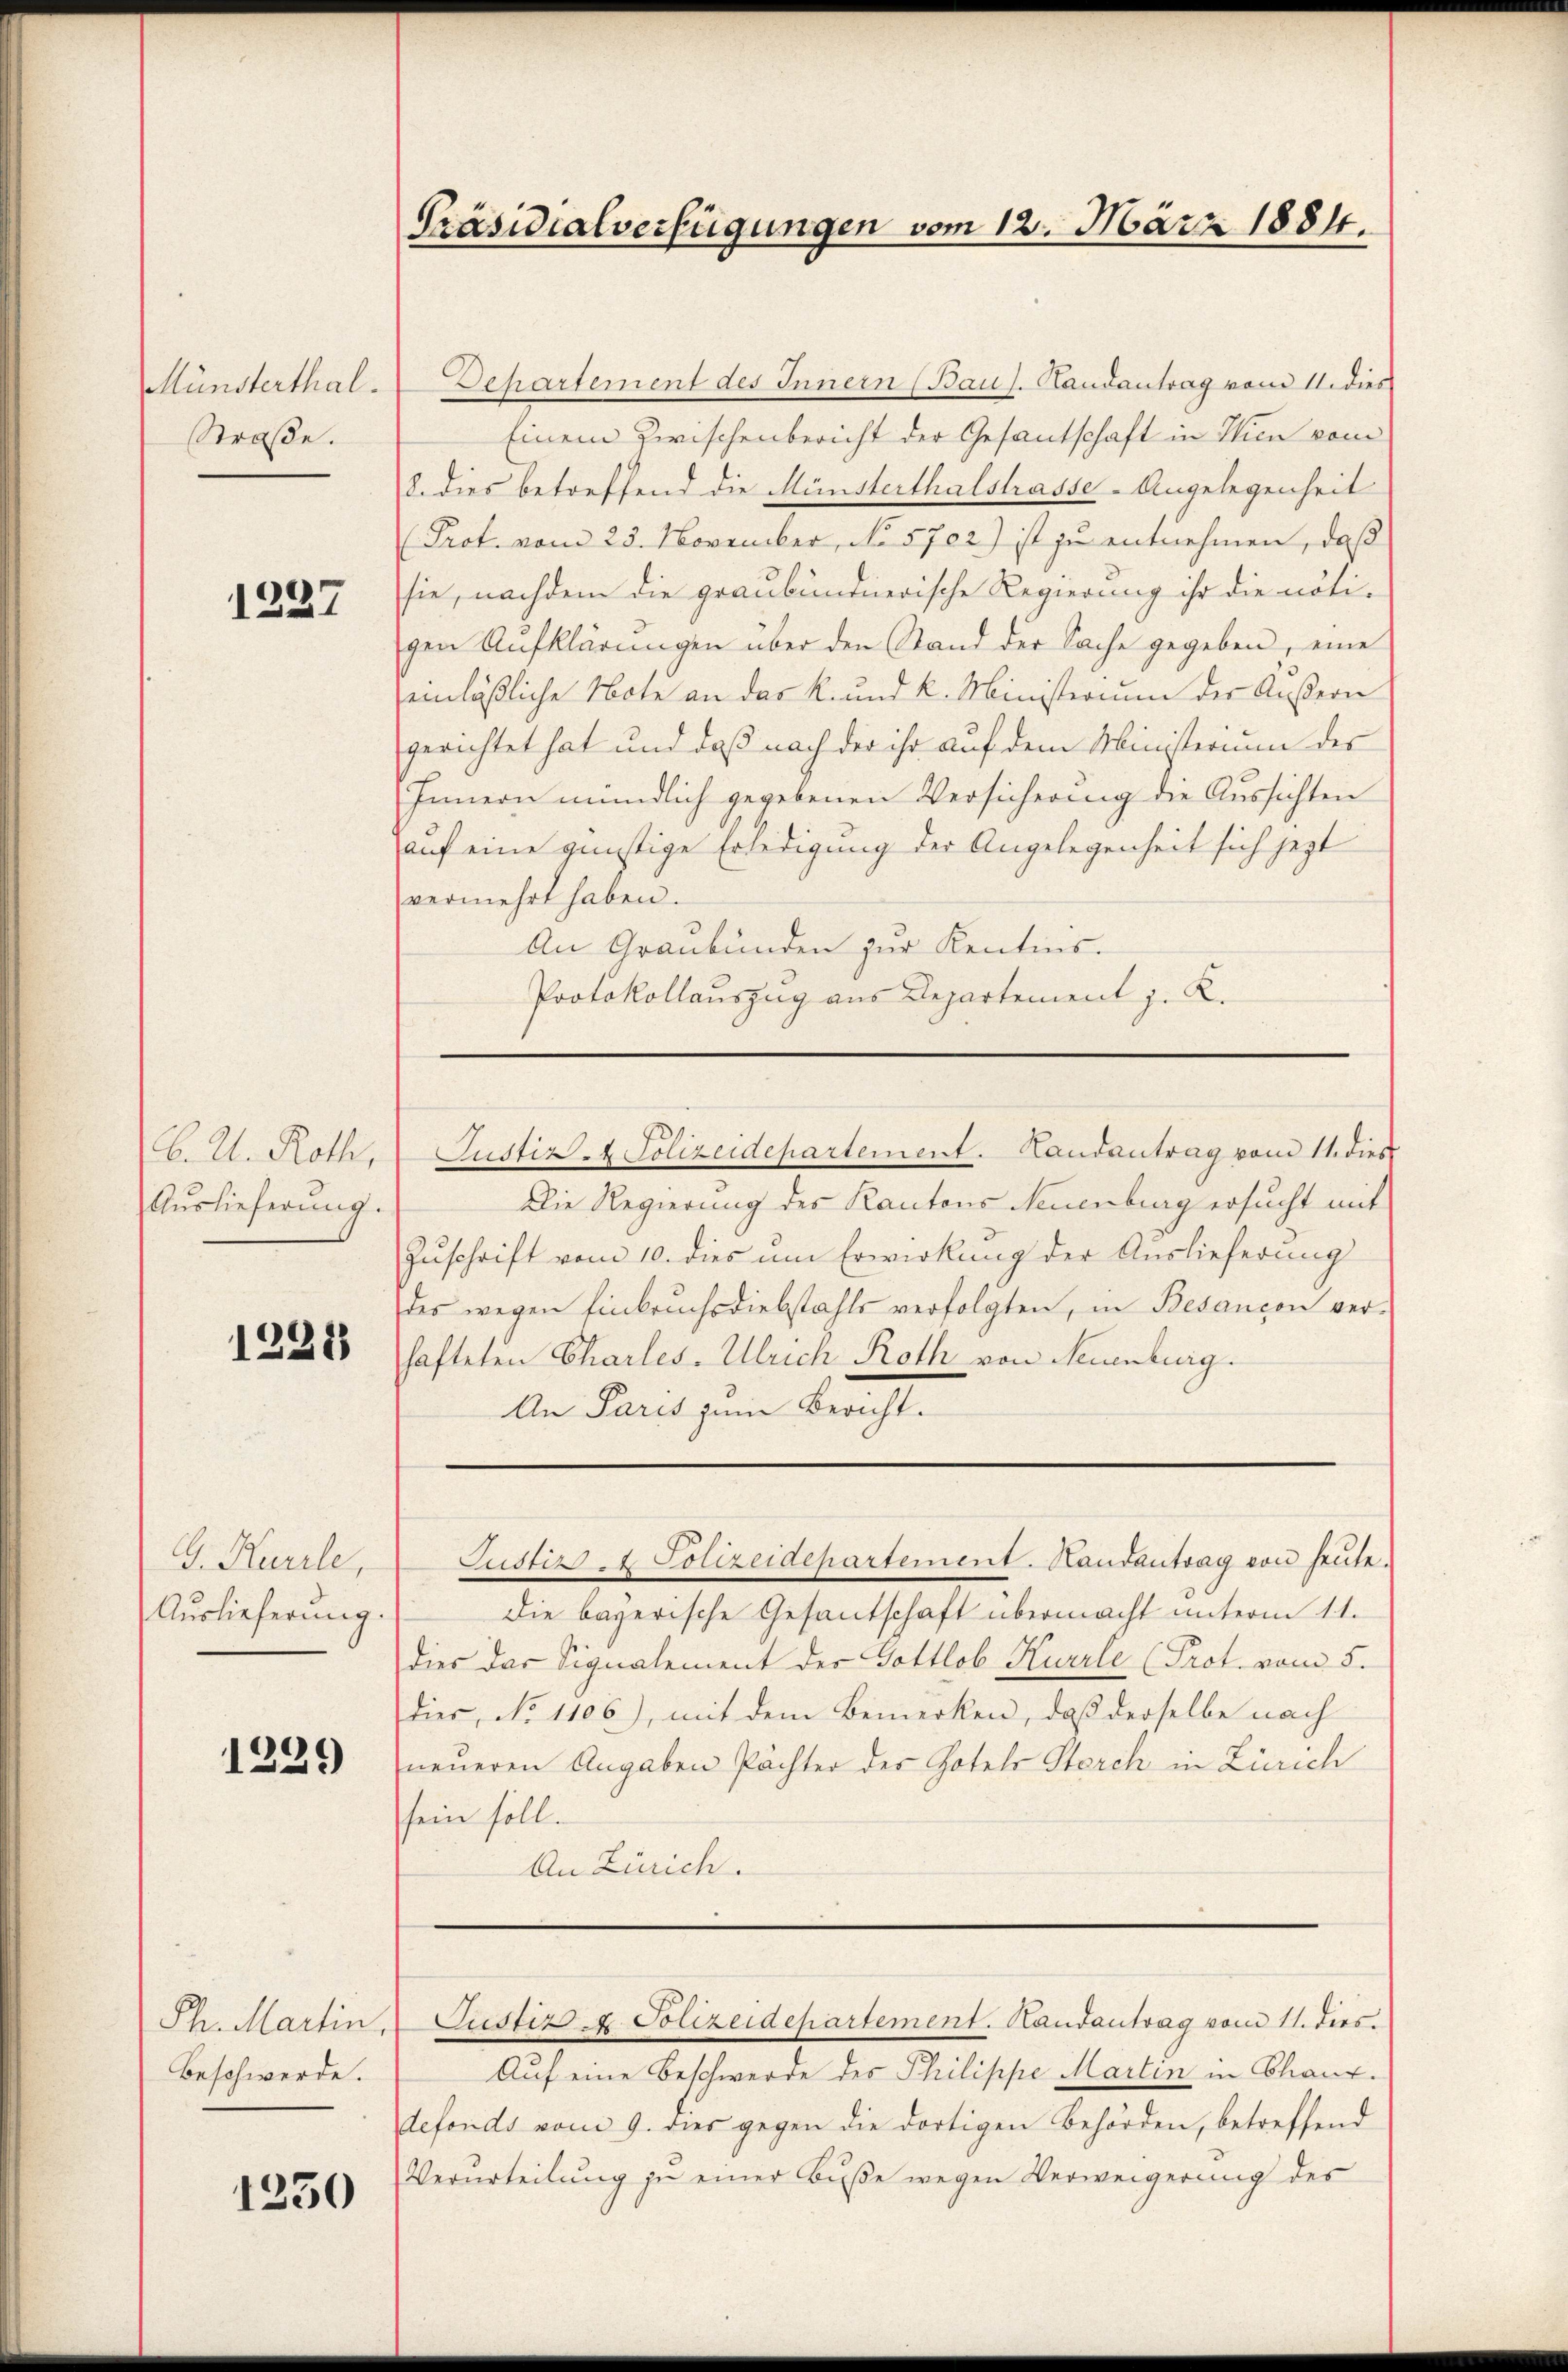
Münsterthal.
Straße.

1237

B. A. Roth,
Auslieferung.

1228

G. Kurile,
Auslieferung.

1229

Ph. Martin.
Beschwerde.

1250

Präsidialverfügungen vom 12. März 1884.

Dechartement des Innern (Baus. Handantrag vom 11. dies
Einem Zwischenbericht der Gesantschaft in Wien vom
8. dies betreffend die Münsterthalstrasse - Angelegenheit
Prot. vom 23. November, No 5702) ist zu entnehmen, daß
sie, nachdem die graubündnerische Regierung ihr die nöti-
gen Aufklärungen über den Stand der Sache gegeben, eine
einläßliche Note an das K. und k. Ministerium der Äußern
gerichtet hat und daß nach der ihr auf dem Ministerium der
Innern mündlich gegebenen Versicherung die Aussichten
auf eine günstige Erledigung der Angelegenheit sich jetzt
vermehrt haben.
An Graubünden zur Kentins.
Protokollauszug aus Departement z. K.

Justiz- & Polizeidepartement. Handantrag vom 11. dies
Die Regierung des Kantons Neuenburg ersucht mit
Zuschrift vom 10. dies um Erwirkung der Auslieferung
des wegen Einbruchsdiebstahls verfolgten, in Besançon verhafteten Charles. Ulrich Roth von Neuenburg.
An Paris zum Bericht.

die bayerische Gesantschaft übermacht unterm 11.
dies das Signalement der Gottlob Kurrle (Prot. vom 5.
dies, No 1106), mit dem Bemerken, daß derselbe nach
neueren Angaben Pächter der Hotels Storch in Zürich
sein soll.
An Zürich.

Justiz - Polizeidepartement. Handantrag von heute.

Auf eine Beschwerde des Philippe Martin in Chanz.
defonds vom 9. dies gegen die dortigen Behörden, betreffend
Verurteilung zu einer Buße wegen Verweigerung des

Justiz & Polizeidepartement. Handantrag von 11. dies.